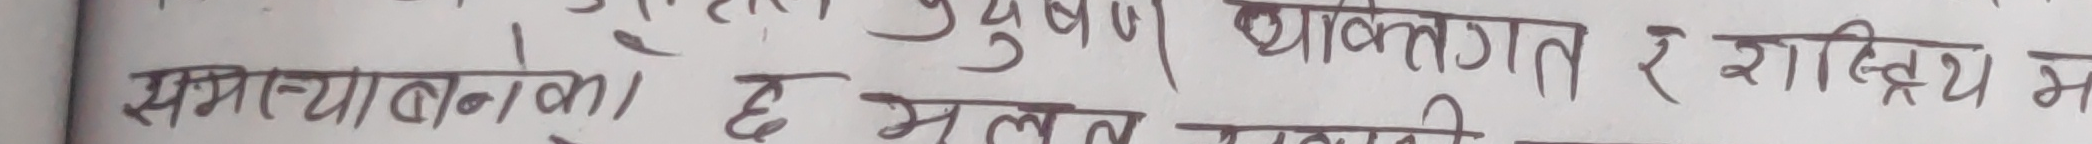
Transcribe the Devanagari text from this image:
समस्याबनेको छ । भ्रष्टाचार व्यक्तिगत र राष्ट्रिय म